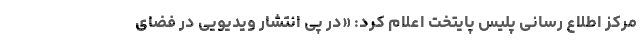
مرکز اطلاع رسانی پلیس پایتخت اعلام کرد: «در پی انتشار ویدیویی در فضای